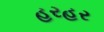
હરહર